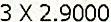
3 X 2.9000